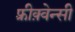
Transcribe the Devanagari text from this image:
फ़्रीक़्वेन्सी